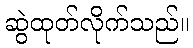
ဆွဲထုတ်လိုက်သည်။